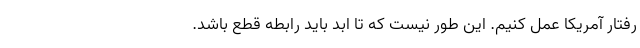
رفتار آمریکا عمل کنیم. این طور نیست که تا ابد باید رابطه قطع باشد.